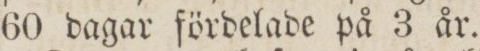
60 dagar fördelade på 3 år.